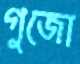
গুজো